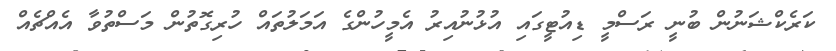
ކަރެކްޝަނުން ބުނީ ރަސްމީ ޑިއުޓީގައި އުޅުނުއިރު އެމީހުންގެ އަމަލުތައް ހުރިގޮތުން މަސްތުވާ އެއްޗެއް